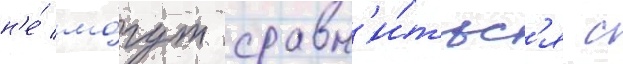
н'е́ мо́гут сравн'и́тьс'я с